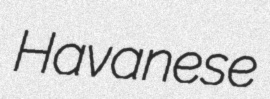
Havanese